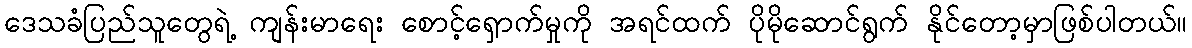
ဒေသခံပြည်သူတွေရဲ့ ကျန်းမာရေး စောင့်ရှောက်မှုကို အရင်ထက် ပိုမိုဆောင်ရွက် နိုင်တော့မှာဖြစ်ပါတယ်။